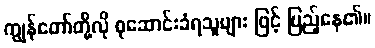
ကျွန်တော်တို့လို စုဆောင်းခံရသူများ ဖြင့် ပြည့်နေ၏။